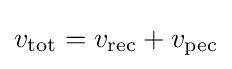
v_{\text{tot}}=v_{\text{rec}}+v_{\text{pec}}